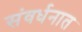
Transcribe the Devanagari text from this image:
संवर्धनात